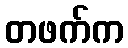
တဖက်က